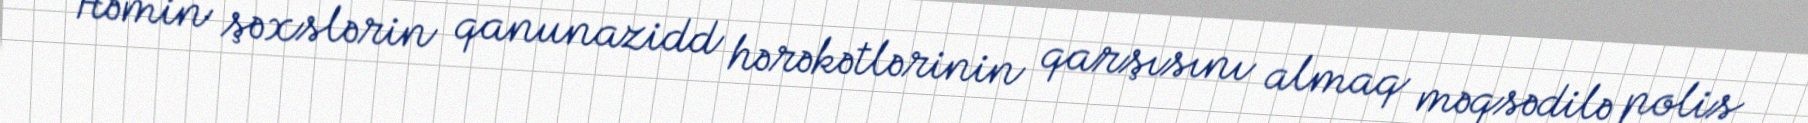
Həmin şəxslərin qanunazidd hərəkətlərinin qarşısını almaq məqsədilə polis